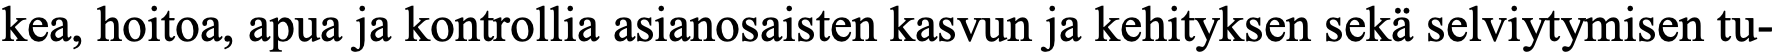
kea, hoitoa, apua ja kontrollia asianosaisten kasvun ja kehityksen sekä selviytymisen tu-